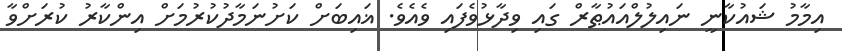
އިމާމު ޝައުކާނީ ނައިލުލްއައުޠާރް ގައި ވިދާޅުވެފައި ވެއެވެ. ޣައިބަށް ކަށުނަމާދުކުރުމަށް އިންކާރު ކުރަށްވާ